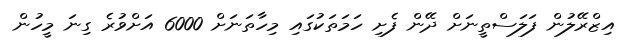
އިޒްރޭލުން ފަލަސްތީނަށް ދޭން ފެށި ހަމަތަކުގައި މިހާތަނަށް 6000 އަށްވުރެ ގިނަ މީހުން